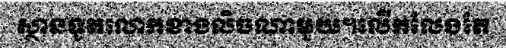
ស្ថានទូតលោកខាងលិចណាមួយ។លើកលែងតែ